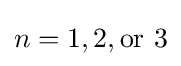
n=1,2,{\text{or }}3